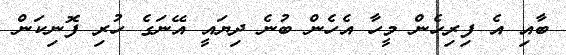
ބާއި އެ ފިރިހެން މީހާ އެހެން ބުނެ ދިޔައީ އޭނަގެ ހުރި ފޮނިކަން